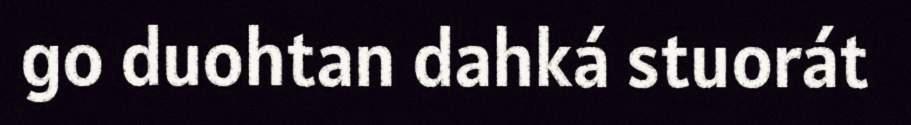
go duohtan dahká stuorát